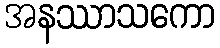
အနဿာသကော